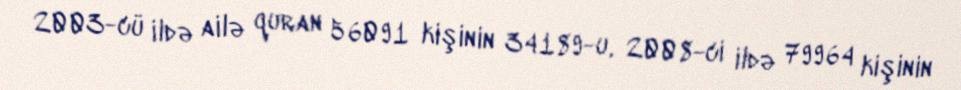
2003-cü ildə ailə quran 56091 kişinin 34189-u, 2008-ci ildə 79964 kişinin